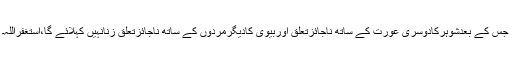
جس کے بعدشوہرکادوسری عورت کے ساتھ ناجائزتعلق اوربیوی کادیگرمردوں کے ساتھ ناجائزتعلق زنانہیں کہلائے گا،استغفراللہ۔